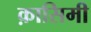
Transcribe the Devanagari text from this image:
क़ासिमी